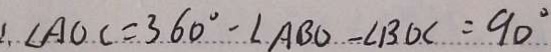
\therefore \angle A O C = 3 6 0 ^ { \circ } - \angle A B O - \angle B O C = 9 0 ^ { \circ }